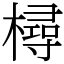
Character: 樳